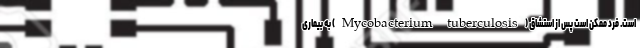
است. فرد ممکن است پس از استشاق (Mycobacterium tuberculosis) به بیماری